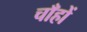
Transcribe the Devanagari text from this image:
चाँहों